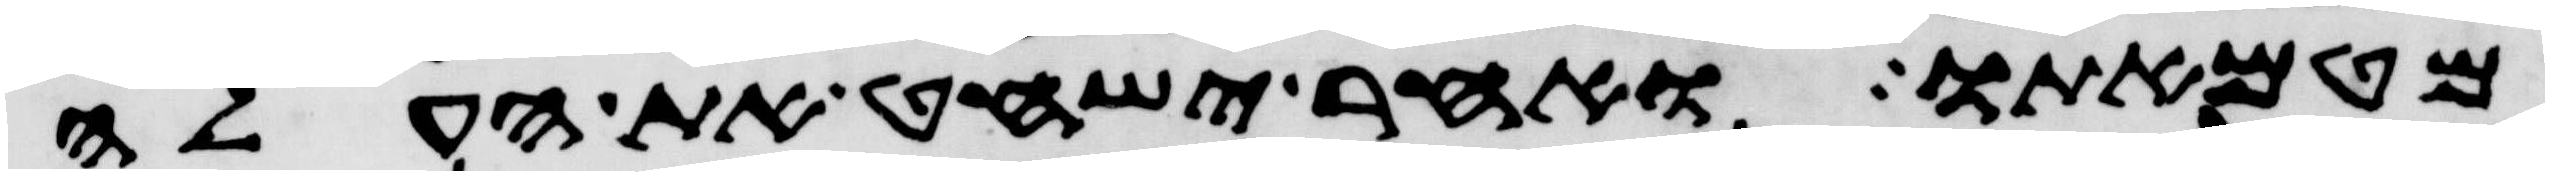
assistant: מטמאתו ואחר ישחט את העלה